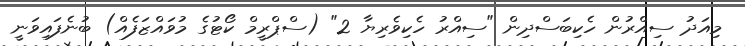
މިއަދު ސިއްރުން ހެކިބަސްދިން "ސިއްރު ހެކިވެރިޔާ 2" (ސްޕްރީމް ކޯޓުގެ މުވައްޒަފެއް) ބުނެފައިވަނީ